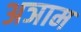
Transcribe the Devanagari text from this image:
अञाम